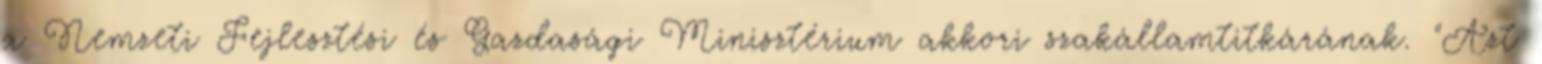
a Nemzeti Fejlesztési és Gazdasági Minisztérium akkori szakállamtitkárának. "Azt